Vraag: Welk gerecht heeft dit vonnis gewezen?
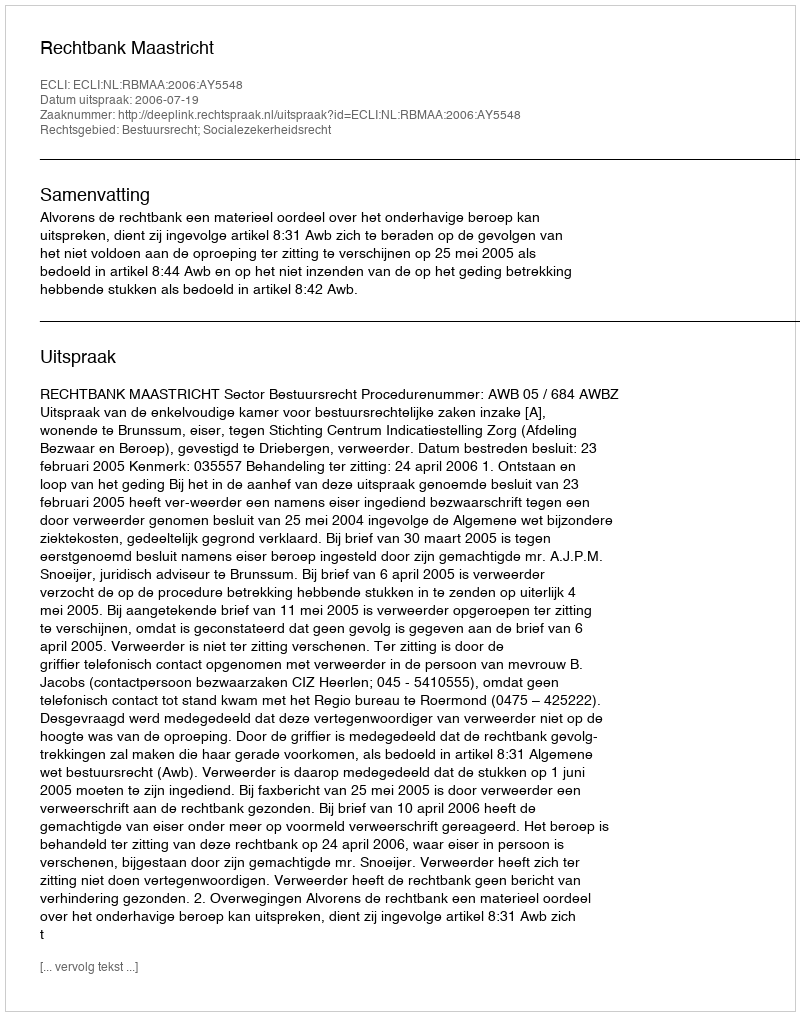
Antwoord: Rechtbank Maastricht